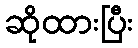
ဆိုထားပြီး